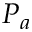
P _ { a }